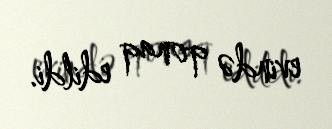
evində qonaq edildi.